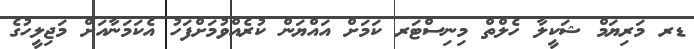
ޑރ މަރިޔަމް ޝަކީލާ ހެލްތް މިނިސްޓަރ ކަމަށް އައްޔަން ކުރެއްވުމަށްފަހު އެކަމަނާއަށް މަޖިލީހުގެ